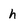
Character: h